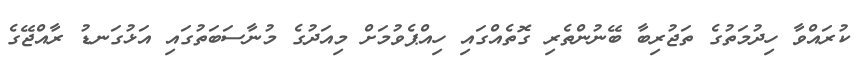
ކުރައްވާ ހިދުމަތުގެ ތަޖުރިބާ ބޭނުންތެރި ގޮތެއްގައި ހިއްޕެވުމަށް މިއަދުގެ މުނާސަބަތުގައި އަޅުގަނޑު ރާއްޖޭގެ